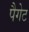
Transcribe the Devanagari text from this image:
पैगेट